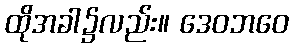
ထိုအခါ၌လည်း။ ဒေဝဘဝေ